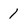
Character: 1